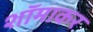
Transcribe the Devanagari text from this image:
शॉमाकर